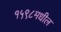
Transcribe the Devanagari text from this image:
१५९८मधील